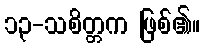
၁၃-သစိတ္တက ဖြစ်၏။